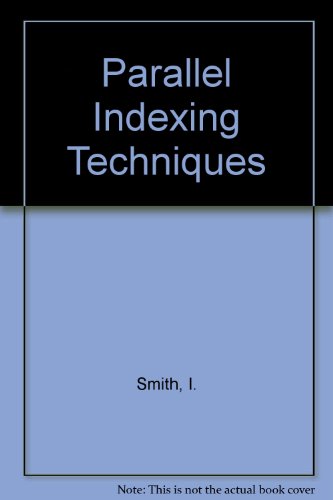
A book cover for Parallel Indexing Techniques; I. Smith; Engineering & Transportation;